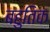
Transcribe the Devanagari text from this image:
बहुतिक